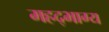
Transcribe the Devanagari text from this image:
महद्‌भाग्य